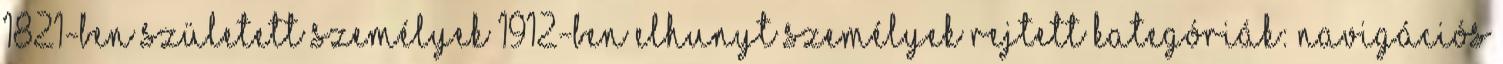
1821-ben született személyek 1912-ben elhunyt személyek Rejtett kategóriák: Navigációs